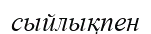
сыйлықпен